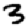
Digit: 3